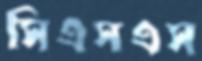
সিএসএস